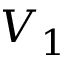
V _ { 1 }